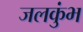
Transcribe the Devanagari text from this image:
जलकुंभ